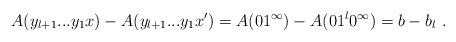
LaTeX: \begin{align*}A(y_{l+1}...y_1x) - A(y_{l+1}...y_1x') = A(01^\infty) - A(01^l0^\infty) = b-b_l \ .\end{align*}